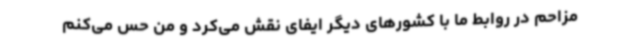
مزاحم در روابط ما با کشورهای دیگر ایفای نقش می‌کرد و من حس می‌کنم